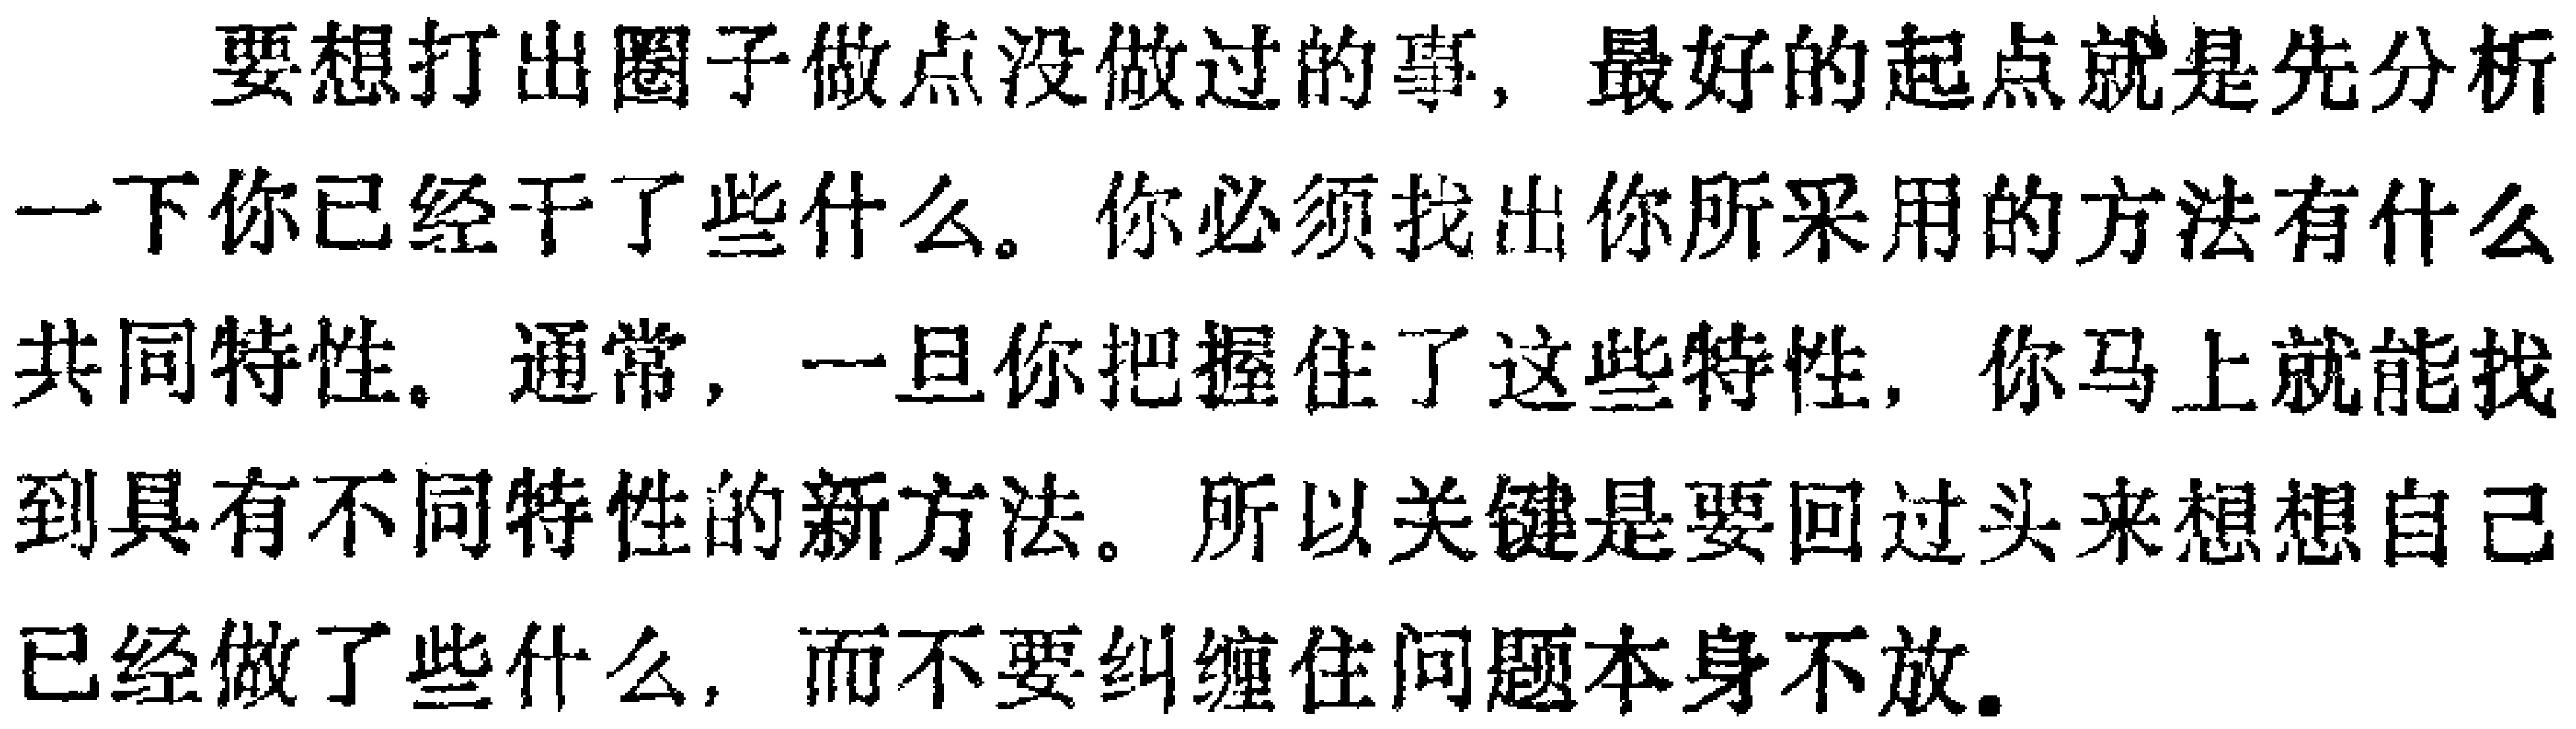
要想打出圈子做点没做过的事, 最好的起点就是先分析一下你已经干了些什么。你必须找出你所采用的方法有什么共同特性。通常, 一旦你把握住了这些特性, 你马上就能找到具有不同特性的新方法。所以关键是要回过头来想想自己已经做了些什么, 而不要纠缠住问题本身不放。